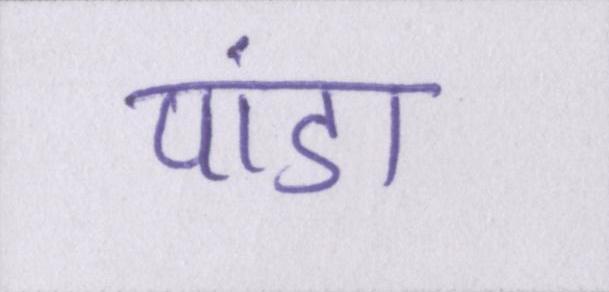
पांडा